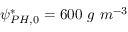
\psi _ { P H , 0 } ^ { * } = 6 0 0 \ g \ m ^ { - 3 }